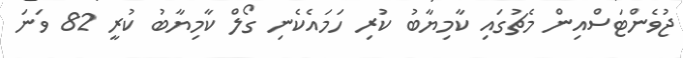
ޖުވެންޓަސްއިން މެޗުގައި ކާމިޔާބު ކުރި ހަމައެކެނި ގޯލް ކާމިޔާބު ކުރީ 82 ވަނަ